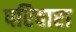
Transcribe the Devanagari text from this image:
परिवारा